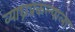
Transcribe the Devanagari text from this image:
व्याघ्रप्रकल्पाला